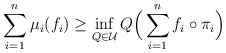
\begin{gather*}\sum_{i=1}^n\mu_i(f_i)\ge\inf_{Q\in\mathcal{U}}Q\Bigl(\,\sum_{i=1}^nf_i\circ\pi_i\Bigr)\end{gather*}